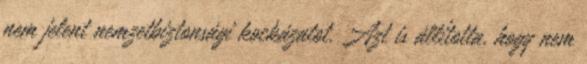
nem jelent nemzetbiztonsági kockázatot. Azt is állította, hogy nem